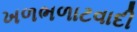
ખળભળાટવાદી